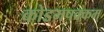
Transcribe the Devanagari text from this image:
कोडमपक्कम्